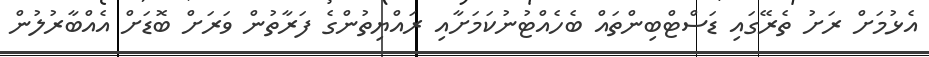
އެޅުމަށް ރަށު ތެރޭގައި ޑަސްޓްބިންތައް ބެހެއްޓުނުކަމަށާއި ރައްޔިތުންގެ ފަރާތުން ވަރަށް ބޮޑަށް އެއްބާރުލުން